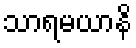
သာရမယာနိ